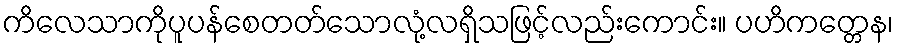
ကိလေသာကိုပူပန်စေတတ်သောလုံ့လရှိသဖြင့်လည်းကောင်း။ ပဟိကတ္တေန၊